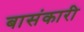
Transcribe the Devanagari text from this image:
बासंकारी